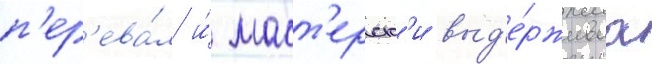
п'ер'ева́л и́ маст'ерск'и выд'е́рживаа